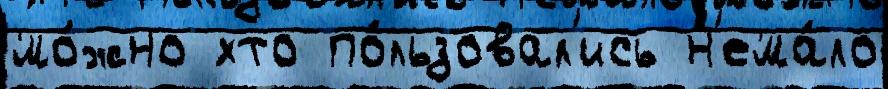
мо́жно хто по́льзовал'ись н'ема́ло